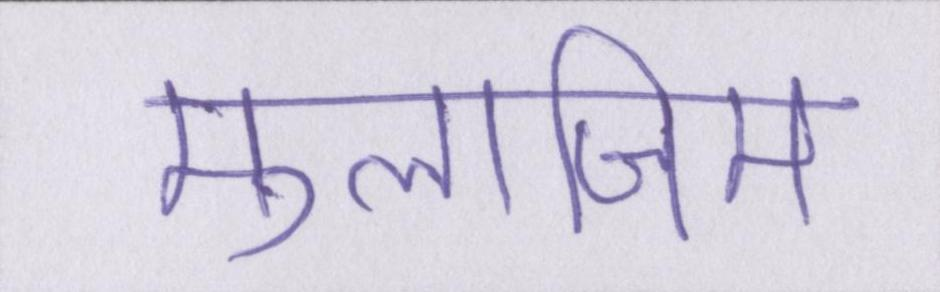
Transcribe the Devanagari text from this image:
मुलाजिम